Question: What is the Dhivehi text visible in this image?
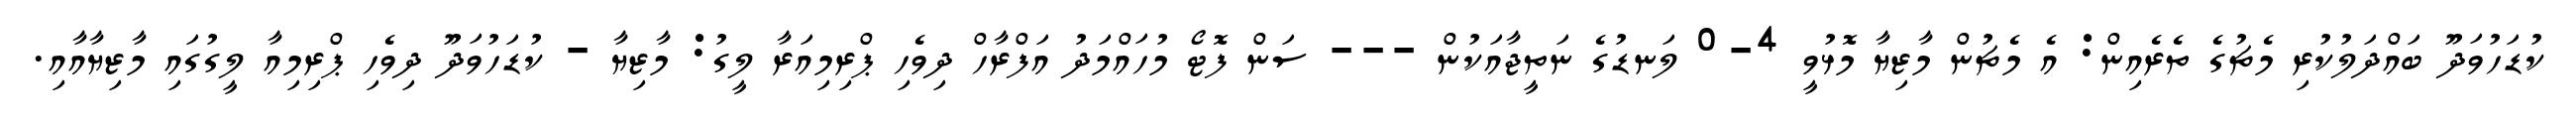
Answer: ކުޑަހުވަދޫ ބައްދަލުކުރި މެޗުގެ ތެރެއިން: އެ މެޗުން މާޒިޔާ މޮޅުވީ 4-0 ލަނޑުގެ ނަތީޖާއަކުން --- ސަން ފޮޓޯ މުހައްމަދު އަފްރާހް ދިވެހި ޕްރިމިއަރާ ލީގު: މާޒިޔާ - ކުޑަހުވަދޫ ދިވެހި ޕްރިމިއާ ލީގުގައި މާޒިޔާއާއި.